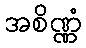
အစိဏ္ဏံ